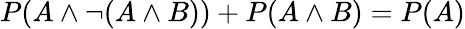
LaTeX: P(A\land\neg(A\land B))+P(A\land B)=P(A)